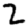
Digit: 2